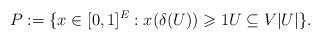
LaTeX: \begin{align*} P := \{ x \in [0,1]^E : x(\delta(U)) \geqslant 1 U \subseteq V |U| \}.\end{align*}